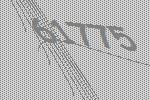
61775